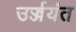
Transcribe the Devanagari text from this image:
उर्ज्जयंत